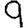
Digit: 9